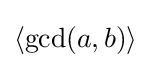
\langle \mathop {\mathrm {gcd} } (a,b)\rangle